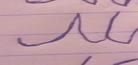
Signature authenticity: forged